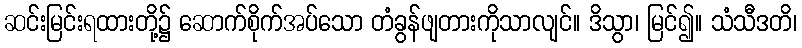
ဆင်းမြင်းရထားတို့၌ ဆောက်စိုက်အပ်သော တံခွန်ဖျတားကိုသာလျင်။ ဒိသွာ၊ မြင်၍။ သံသီဒတိ၊